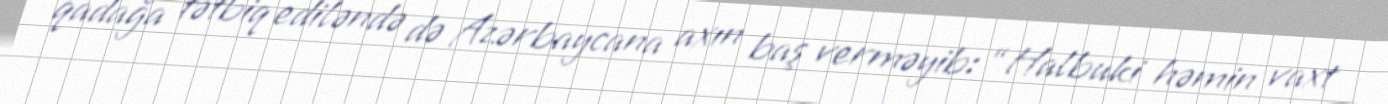
qadağa tətbiq ediləndə də Azərbaycana axın baş verməyib: “Halbuki həmin vaxt